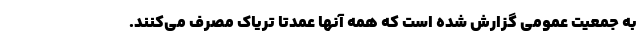
به جمعیت عمومی گزارش شده است که همه آنها عمدتا تریاک مصرف می‌کنند.